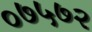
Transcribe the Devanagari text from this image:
०७५७२